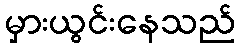
မှားယွင်းနေသည်